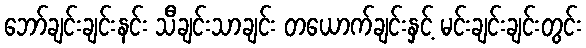
ဘော်ချင်းချင်းနင်း သီချင်းသာချင်း တယောက်ချင်းနှင့် မင်းချင်းချင်းတွင်း